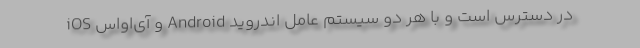
در دسترس است و با هر دو سیستم عامل اندروید Android و آی‌او‌اس iOS